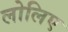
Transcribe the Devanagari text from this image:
लोलिए